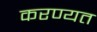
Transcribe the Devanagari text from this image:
करण्यत